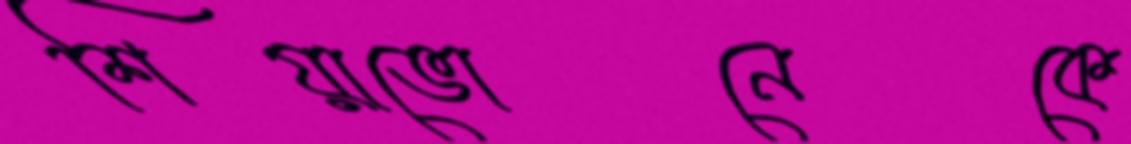
শিয়াভোনেকে